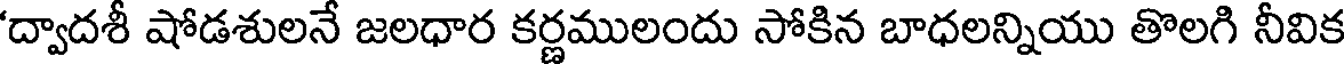
'ద్వాదశీ షోడశులనే జలధార కర్ణములందు సోకిన బాధలన్నియు తొలగి నీవిక